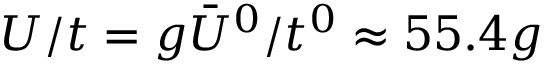
U / t = g \bar { U } ^ { 0 } / t ^ { 0 } \approx 5 5 . 4 g